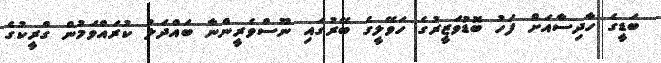
ބަޑީގެ ހާދިސާއަށް ފަހު ބޮޑުވަޒީރުގެ ހަވޭލީގެ ބޭރުގައި ނޫސްވެރީންނާ ބައްދަލު ކުރައްވަމުން ގްރީކުގެ